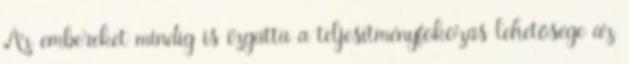
Az embereket mindig is izgatta a teljesítményfokozás lehetősége az